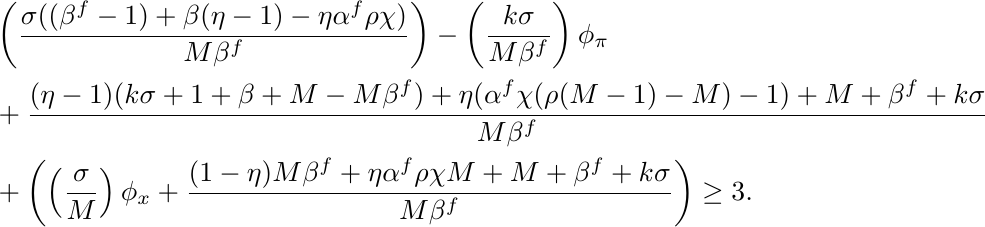
\begin{align*}
& \left(\frac{\sigma((\beta^f-1)+\beta (\eta-1)-\eta\alpha^f\rho\chi)}{M\beta^f}\right)
-\left(\frac{k\sigma}{M\beta^f}\right)\phi_{\pi}\\
& +\frac{(\eta-1)(k\sigma+1+\beta+M-M\beta^f)+\eta(\alpha^f\chi(\rho(M-1)-M)-1)
+M+\beta^f+k\sigma}{M\beta^f}\\
& +\left(\left(\frac{\sigma}{M}\right)\phi_x+\frac{(1-\eta)M\beta^f+\eta\alpha^f\rho
\chi M+M+\beta^f+k\sigma}{M\beta^f}\right)\geq 3.
\end{align*}